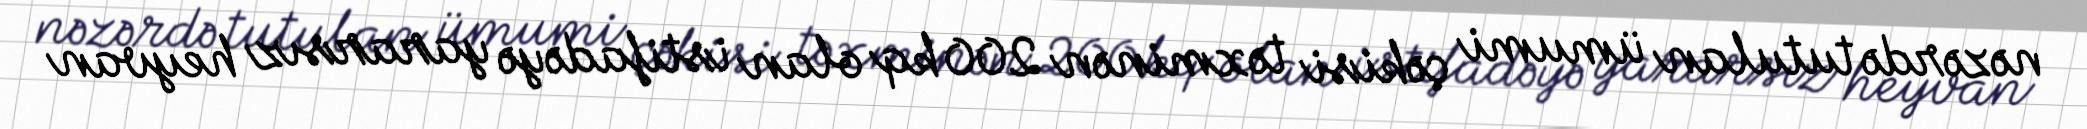
nəzərdə tutulan ümumi çəkisi təxminən 200 kq olan istifadəyə yararsız heyvan